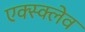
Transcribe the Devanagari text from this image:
एक्स्क्लेव